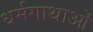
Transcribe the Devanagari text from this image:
धर्मगाथाओं